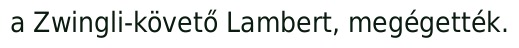
a Zwingli-követő Lambert, megégették.